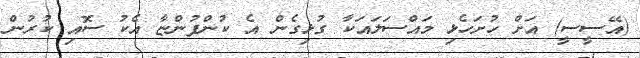
(އޭސީސީ) އަށް ހުށަހެޅި މައްސަލައަކާ ގުޅިގެން އެ ކުންފުންޏާ އެކު ސޮއި ކުރުން